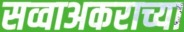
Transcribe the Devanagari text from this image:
सव्वाअकराच्या